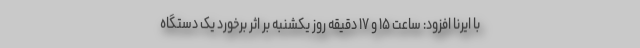
با ایرنا افزود: ساعت ۱۵ و ۱۷ دقیقه روز یکشنبه بر اثر برخورد یک دستگاه